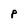
Character: P